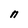
Character: n